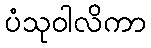
ပံသုဝါလိကာ